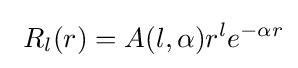
\ R_{l}(r)=A(l,\alpha )r^{l}e^{-\alpha r}